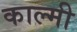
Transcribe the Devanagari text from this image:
काल्मी